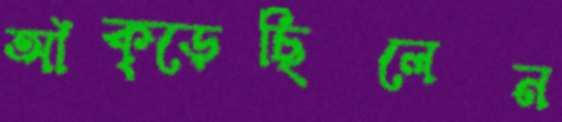
আঁক্‌ড়েছিলেন